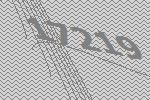
17219